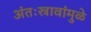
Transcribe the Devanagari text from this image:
अंतःस्रावांमुळे